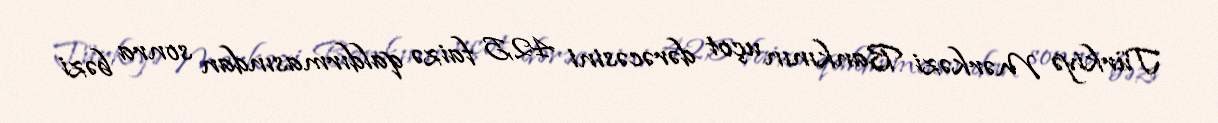
Türkiyə Mərkəzi Bankının uçot dərəcəsini 42,5 faizə qaldırmasından sonra bəzi